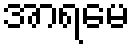
အာရမေ